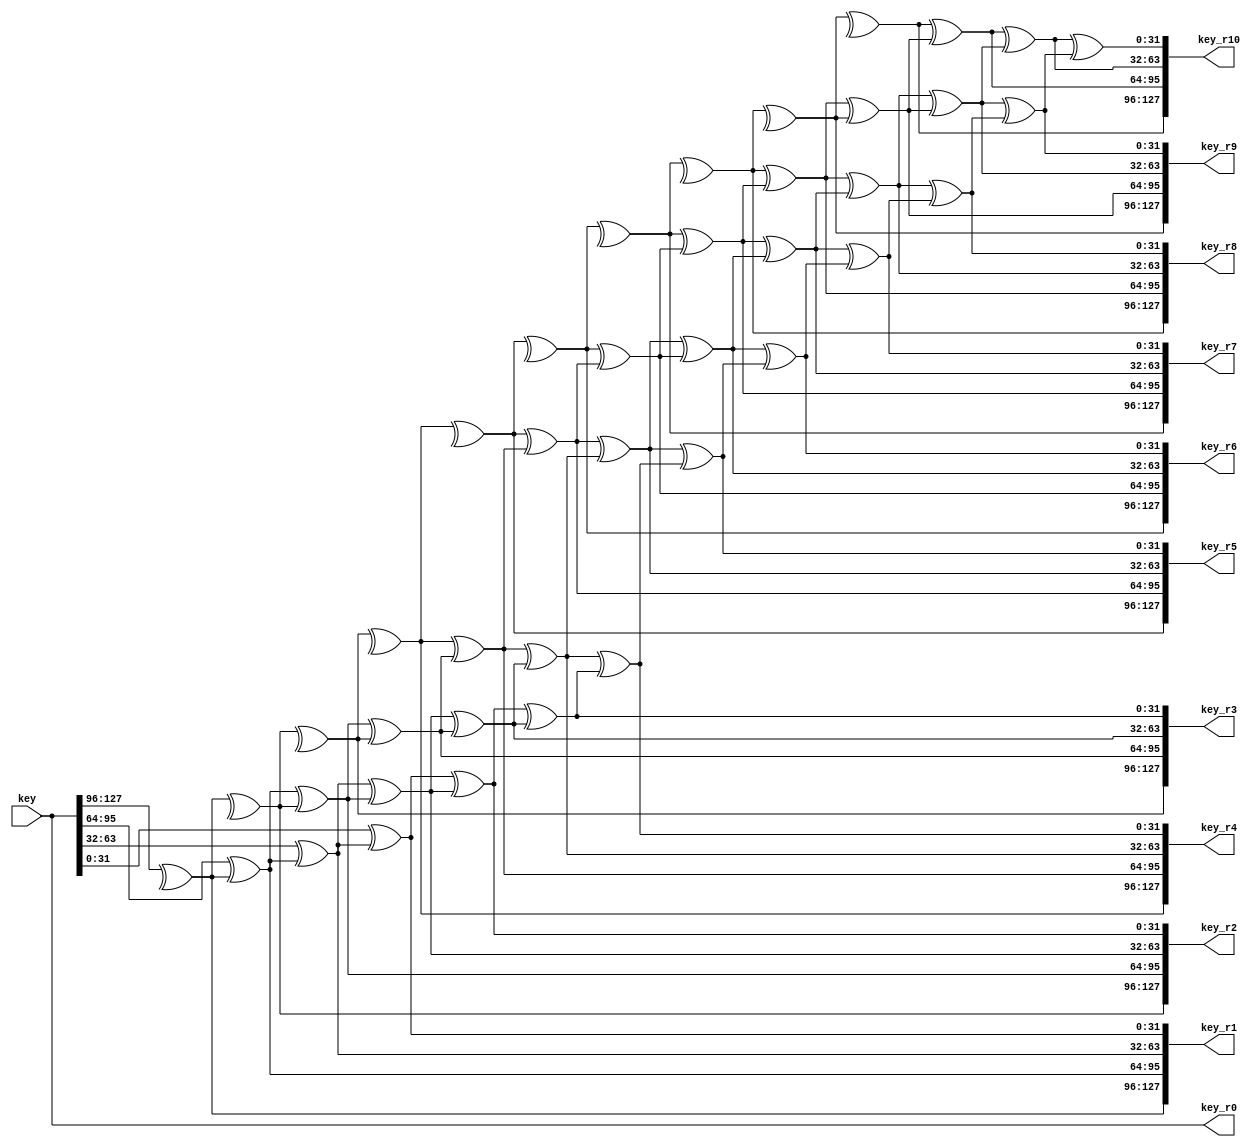
module Key_expansion(
  output reg [127:0] key_r0,key_r1,key_r2,key_r3,key_r4,key_r5,key_r6,key_r7,key_r8,key_r9,key_r10,
  input [127:0] key
);

 reg  [31:0] w0,w1,w2,w3,w4,w5,w6,w7,w8,w9,w10,w11,w12,w13,w14,w15,w16,w17,w18,w19,w20,w21,w22,w23,w24,w25,w26,w27,w28,w29,w30,w31,w32,w33,w34,w35,w36,w37,w38,w39,w40,w41,w42,w43;

  reg [31:0] out_g1,out_g2,out_g3,out_g4,out_g5,out_g6,out_g7,out_g8,out_g9,out_g10;
 function [7:0] S_BOX( input [7:0]D_in);
   reg [7:0] D_out;
 begin
	 case (D_in) 
			8'h00: D_out = 8'h63;
			8'h01: D_out = 8'h7C;
			8'h02: D_out = 8'h77;
			8'h03: D_out = 8'h7B;
			8'h04: D_out = 8'hF2;
			8'h05: D_out = 8'h6B;
			8'h06: D_out = 8'h6F;
			8'h07: D_out = 8'hC5;
			8'h08: D_out = 8'h30;
			8'h09: D_out = 8'h01;
			8'h0A: D_out = 8'h67;
			8'h0B: D_out = 8'h2B;
			8'h0C: D_out = 8'hFE;
			8'h0D: D_out = 8'hD7;
			8'h0E: D_out = 8'hAB;
			8'h0F: D_out = 8'h76;
			8'h10: D_out = 8'hCA;
			8'h11: D_out = 8'h82;
			8'h12: D_out = 8'hC9;
			8'h13: D_out = 8'h7D;
			8'h14: D_out = 8'hFA;
			8'h15: D_out = 8'h59;
			8'h16: D_out = 8'h47;
			8'h17: D_out = 8'hF0;
			8'h18: D_out = 8'hAD;
			8'h19: D_out = 8'hD4;
			8'h1A: D_out = 8'hA2;
			8'h1B: D_out = 8'hAF;
			8'h1C: D_out = 8'h9C;
			8'h1D: D_out = 8'hA4;
			8'h1E: D_out = 8'h72;
			8'h1F: D_out = 8'hC0;
			8'h20: D_out = 8'hB7;
			8'h21: D_out = 8'hFD;
			8'h22: D_out = 8'h93;
			8'h23: D_out = 8'h26;
			8'h24: D_out = 8'h36;
			8'h25: D_out = 8'h3F;
			8'h26: D_out = 8'hF7;
			8'h27: D_out = 8'hCC;
			8'h28: D_out = 8'h34;
			8'h29: D_out = 8'hA5;
			8'h2A: D_out = 8'hE5;
			8'h2B: D_out = 8'hF1;
			8'h2C: D_out = 8'h71;
			8'h2D: D_out = 8'hD8;
			8'h2E: D_out = 8'h31;
			8'h2F: D_out = 8'h15;
			8'h30: D_out = 8'h04;
			8'h31: D_out = 8'hC7;
			8'h32: D_out = 8'h23;
			8'h33: D_out = 8'hC3;
			8'h34: D_out = 8'h18;
			8'h35: D_out = 8'h96;
			8'h36: D_out = 8'h05;
			8'h37: D_out = 8'h9A;
			8'h38: D_out = 8'h07;
			8'h39: D_out = 8'h12;
			8'h3A: D_out = 8'h80;
			8'h3B: D_out = 8'hE2;
			8'h3C: D_out = 8'hEB;
			8'h3D: D_out = 8'h27;
			8'h3E: D_out = 8'hB2;
			8'h3F: D_out = 8'h75;
			8'h40: D_out = 8'h09;
			8'h41: D_out = 8'h83;
			8'h42: D_out = 8'h2C;
			8'h43: D_out = 8'h1A;
			8'h44: D_out = 8'h1B;
			8'h45: D_out = 8'h6E;
			8'h46: D_out = 8'h5A;
			8'h47: D_out = 8'hA0;
			8'h48: D_out = 8'h52;
			8'h49: D_out = 8'h3B;
			8'h4A: D_out = 8'hD6;
			8'h4B: D_out = 8'hB3;
			8'h4C: D_out = 8'h29;
			8'h4D: D_out = 8'hE3;
			8'h4E: D_out = 8'h2F;
			8'h4F: D_out = 8'h84;
			8'h50: D_out = 8'h53;
			8'h51: D_out = 8'hD1;
			8'h52: D_out = 8'h00;
			8'h53: D_out = 8'hED;
			8'h54: D_out = 8'h20;
			8'h55: D_out = 8'hFC;
			8'h56: D_out = 8'hB1;
			8'h57: D_out = 8'h5B;
			8'h58: D_out = 8'h6A;
			8'h59: D_out = 8'hCB;
			8'h5A: D_out = 8'hBE;
			8'h5B: D_out = 8'h39;
			8'h5C: D_out = 8'h4A;
			8'h5D: D_out = 8'h4C;
			8'h5E: D_out = 8'h58;
			8'h5F: D_out = 8'hCF;
			8'h60: D_out = 8'hD0;
			8'h61: D_out = 8'hEF;
			8'h62: D_out = 8'hAA;
			8'h63: D_out = 8'hFB;
			8'h64: D_out = 8'h43;
			8'h65: D_out = 8'h4D;
			8'h66: D_out = 8'h33;
			8'h67: D_out = 8'h85;
			8'h68: D_out = 8'h45;
			8'h69: D_out = 8'hF9;
			8'h6A: D_out = 8'h02;
			8'h6B: D_out = 8'h7F;
			8'h6C: D_out = 8'h50;
			8'h6D: D_out = 8'h3C;
			8'h6E: D_out = 8'h9F;
			8'h6F: D_out = 8'hA8;
			8'h70: D_out = 8'h51;
			8'h71: D_out = 8'hA3;
			8'h72: D_out = 8'h40;
			8'h73: D_out = 8'h8F;
			8'h74: D_out = 8'h92;
			8'h75: D_out = 8'h9D;
			8'h76: D_out = 8'h38;
			8'h77: D_out = 8'hF5;
			8'h78: D_out = 8'hBC;
			8'h79: D_out = 8'hB6;
			8'h7A: D_out = 8'hDA;
			8'h7B: D_out = 8'h21;
			8'h7C: D_out = 8'h10;
			8'h7D: D_out = 8'hFF;
			8'h7E: D_out = 8'hF3;
			8'h7F: D_out = 8'hD2;
			8'h80: D_out = 8'hCD;
			8'h81: D_out = 8'h0C;
			8'h82: D_out = 8'h13;
			8'h83: D_out = 8'hEC;
			8'h84: D_out = 8'h5F;
			8'h85: D_out = 8'h97;
			8'h86: D_out = 8'h44;
			8'h87: D_out = 8'h17;
			8'h88: D_out = 8'hC4;
			8'h89: D_out = 8'hA7;
			8'h8A: D_out = 8'h7E;
			8'h8B: D_out = 8'h3D;
			8'h8C: D_out = 8'h64;
			8'h8D: D_out = 8'h5D;
			8'h8E: D_out = 8'h19;
			8'h8F: D_out = 8'h73;
			8'h90: D_out = 8'h60;
			8'h91: D_out = 8'h81;
			8'h92: D_out = 8'h4F;
			8'h93: D_out = 8'hDC;
			8'h94: D_out = 8'h22;
			8'h95: D_out = 8'h2A;
			8'h96: D_out = 8'h90;
			8'h97: D_out = 8'h88;
			8'h98: D_out = 8'h46;
			8'h99: D_out = 8'hEE;
			8'h9A: D_out = 8'hB8;
			8'h9B: D_out = 8'h14;
			8'h9C: D_out = 8'hDE;
			8'h9D: D_out = 8'h5E;
			8'h9E: D_out = 8'h0B;
			8'h9F: D_out = 8'hDB;
			8'hA0: D_out = 8'hE0;
			8'hA1: D_out = 8'h32;
			8'hA2: D_out = 8'h3A;
			8'hA3: D_out = 8'h0A;
			8'hA4: D_out = 8'h49;
			8'hA5: D_out = 8'h06;
			8'hA6: D_out = 8'h24;
			8'hA7: D_out = 8'h5C;
			8'hA8: D_out = 8'hC2;
			8'hA9: D_out = 8'hD3;
			8'hAA: D_out = 8'hAC;
			8'hAB: D_out = 8'h62;
			8'hAC: D_out = 8'h91;
			8'hAD: D_out = 8'h95;
			8'hAE: D_out = 8'hE4;
			8'hAF: D_out = 8'h79;
			8'hB0: D_out = 8'hE7;
			8'hB1: D_out = 8'hC8;
			8'hB2: D_out = 8'h37;
			8'hB3: D_out = 8'h6D;
			8'hB4: D_out = 8'h8D;
			8'hB5: D_out = 8'hD5;
			8'hB6: D_out = 8'h4E;
			8'hB7: D_out = 8'hA9;
			8'hB8: D_out = 8'h6C;
			8'hB9: D_out = 8'h56;
			8'hBA: D_out = 8'hF4;
			8'hBB: D_out = 8'hEA;
			8'hBC: D_out = 8'h65;
			8'hBD: D_out = 8'h7A;
			8'hBE: D_out = 8'hAE;
			8'hBF: D_out = 8'h08;
			8'hC0: D_out = 8'hBA;
			8'hC1: D_out = 8'h78;
			8'hC2: D_out = 8'h25;
			8'hC3: D_out = 8'h2E;
			8'hC4: D_out = 8'h1C;
			8'hC5: D_out = 8'hA6;
			8'hC6: D_out = 8'hB4;
			8'hC7: D_out = 8'hC6;
			8'hC8: D_out = 8'hE8;
			8'hC9: D_out = 8'hDD;
			8'hCA: D_out = 8'h74;
			8'hCB: D_out = 8'h1F;
			8'hCC: D_out = 8'h4B;
			8'hCD: D_out = 8'hBD;
			8'hCE: D_out = 8'h8B;
			8'hCF: D_out = 8'h8A;
			8'hD0: D_out = 8'h70;
			8'hD1: D_out = 8'h3E;
			8'hD2: D_out = 8'hB5;
			8'hD3: D_out = 8'h66;
			8'hD4: D_out = 8'h48;
			8'hD5: D_out = 8'h03;
			8'hD6: D_out = 8'hF6;
			8'hD7: D_out = 8'h0E;
			8'hD8: D_out = 8'h61;
			8'hD9: D_out = 8'h35;
			8'hDA: D_out = 8'h57;
			8'hDB: D_out = 8'hB9;
			8'hDC: D_out = 8'h86;
			8'hDD: D_out = 8'hC1;
			8'hDE: D_out = 8'h1D;
			8'hDF: D_out = 8'h9E;
			8'hE0: D_out = 8'hE1;
			8'hE1: D_out = 8'hF8;
			8'hE2: D_out = 8'h98;
			8'hE3: D_out = 8'h11;
			8'hE4: D_out = 8'h69;
			8'hE5: D_out = 8'hD9;
			8'hE6: D_out = 8'h8E;
			8'hE7: D_out = 8'h94;
			8'hE8: D_out = 8'h9B;
			8'hE9: D_out = 8'h1E;
			8'hEA: D_out = 8'h87;
			8'hEB: D_out = 8'hE9;
			8'hEC: D_out = 8'hCE;
			8'hED: D_out = 8'h55;
			8'hEE: D_out = 8'h28;
			8'hEF: D_out = 8'hDF;
			8'hF0: D_out = 8'h8C;
			8'hF1: D_out = 8'hA1;
			8'hF2: D_out = 8'h89;
			8'hF3: D_out = 8'h0D;
			8'hF4: D_out = 8'hBF;
			8'hF5: D_out = 8'hE6;
			8'hF6: D_out = 8'h42;
			8'hF7: D_out = 8'h68;
			8'hF8: D_out = 8'h41;
			8'hF9: D_out = 8'h99;
			8'hFA: D_out = 8'h2D;
			8'hFB: D_out = 8'h0F;
			8'hFC: D_out = 8'hB0;
			8'hFD: D_out = 8'h54;
			8'hFE: D_out = 8'hBB;
			8'hFF: D_out = 8'h16;
			default:
					D_out = 8'h16;

		endcase

 end
 	
endfunction




function [7:0] rcon(input [3:0] i);
  reg [7:0] RC;
  begin
    case (i)
      4'd1:  RC = 8'h01;
      4'd2:  RC = 8'h02;
      4'd3:  RC = 8'h04;
      4'd4:  RC = 8'h08;
      4'd5:  RC = 8'h10;
      4'd6:  RC = 8'h20;
      4'd7:  RC = 8'h40;
      4'd8:  RC = 8'h80;
      4'd9:  RC = 8'h1B;
      4'd10: RC = 8'h36;
      default: RC = 8'h01;
    endcase
    
  end
 
endfunction


function [31:0] function_g( input [31:0] w,input [3:0] i);
	
	reg [31:0] shift_w ;
	reg [7:0] S_wire;
	reg [7:0] RC;
	reg [31:0] D_out;
	begin

	shift_w[31:24] = w[23:16];//w0
	shift_w[23:16] = w[15:8];//w1
	shift_w[15:8]  = w[7:0];//w2
	shift_w[7:0]   = w[31:24];//w3
	RC=rcon(i);
	D_out={ RC^S_BOX (shift_w[31:24]),S_BOX (shift_w[23:16]),S_BOX (shift_w[15:8]),S_BOX (shift_w[7:0])};
	
	
  end
  endfunction



  always @* begin
    w0 = key[127:96];
    w1 = key[95:64];
    w2 = key[63:32];
    w3 = key[31:0];
  
    w4 = w0 ^ out_g1;
    w5 = w1 ^ w4;
    w6 = w2 ^ w5;
    w7 = w3 ^ w6;
  
    out_g2 = function_g(w7, 4'd2);
    w8 = w4 ^ out_g2;
    w9 = w5 ^ w8;
    w10 = w6 ^ w9;
    w11 = w7 ^ w10;
  
    out_g3 = function_g(w11, 4'd3);
    w12 = w8 ^ out_g3;
    w13 = w9 ^ w12;
    w14 = w10 ^ w13;
    w15 = w11 ^ w14;
  
    out_g4 = function_g(w15, 4'd4);
    w16 = w12 ^ out_g4;
    w17 = w16 ^ w13;
    w18 = w17 ^ w14;
    w19 = w18 ^ w15;
  
    out_g5 = function_g(w19, 4'd5);
    w20 = w16 ^ out_g5;
    w21 = w20 ^ w17;
    w22 = w21 ^ w18;
    w23 = w22 ^ w19;
  
    out_g6 = function_g(w23, 4'd6);
    w24 = w20 ^ out_g6;
    w25 = w24 ^ w21;
    w26 = w22 ^ w25;
    w27 = w26 ^ w23;
  
    out_g7 = function_g(w27, 4'd7);
   w28 = w24 ^ out_g7;
    w29 = w28 ^ w25;
    w30 = w29 ^ w26;
    w31 = w30 ^ w27;
  
    out_g8 = function_g(w31, 4'd8);
    w32 = w28 ^ out_g8;
    w33 = w32 ^ w29;
    w34 = w33 ^ w30;
    w35 = w34 ^ w31;
  
    out_g9 = function_g(w35, 4'd9);
    w36 = w32 ^ out_g9;
    w37 = w33 ^ w36;
    w38 = w34 ^ w37;
    w39 = w38 ^ w35;
  
    out_g10 = function_g(w39, 4'd10);
    w40 = w36 ^ out_g10;
    w41 = w40 ^ w37;
    w42 = w41 ^ w38;
    w43 = w42 ^ w39;
  
    key_r0 = {w0, w1, w2, w3};
    key_r1 = {w4, w5, w6, w7};
    key_r2 = {w8, w9, w10, w11};
    key_r3 = {w12, w13, w14, w15};
    key_r4 = {w16, w17, w18, w19};
    key_r5 = {w20, w21, w22, w23};
    key_r6 = {w24, w25, w26, w27};
    key_r7 = {w28, w29, w30, w31};
    key_r8 = {w32, w33, w34, w35};
    key_r9 = {w36, w37, w38, w39};
    key_r10 = {w40, w41, w42, w43};
  end

endmodule